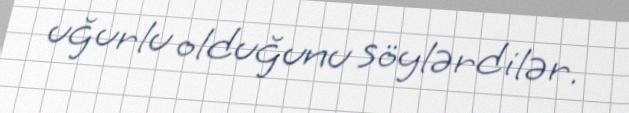
uğurlu olduğunu söylərdilər.